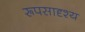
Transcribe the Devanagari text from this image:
रूपसादृश्य